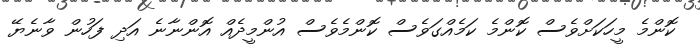
ކޮންމެ މީހަކަށްވެސް ކޮންމެ ކަމެއްގަވެސް ކޮންމެވެސް އުންމީދެއް އޮންނާނެ އަދި ފަހުން ވާނެޔޭ